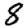
Digit: 8